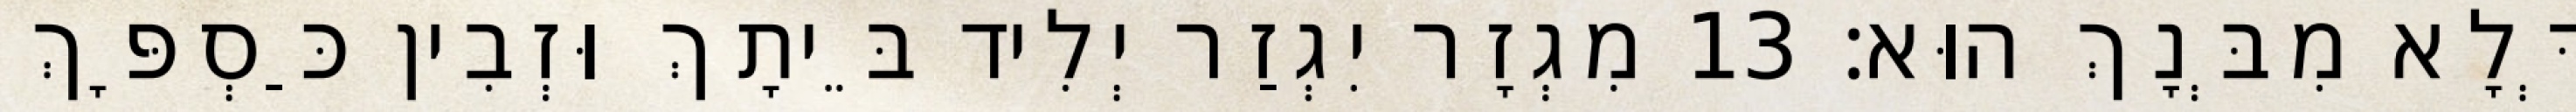
דְּלָא מִבְּנָךְ הוּא׃ 13 מִגְזָר יִגְזַר יְלִיד בֵּיתָךְ וּזְבִין כַּסְפָּךְ